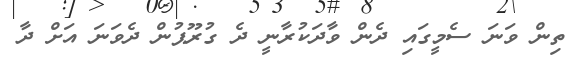
ތިން ވަނަ ސެމީގައި ދެން ވާދަކުރާނީ ދެ ގުރޫޕުން ދެވަނަ އަށް ދާ